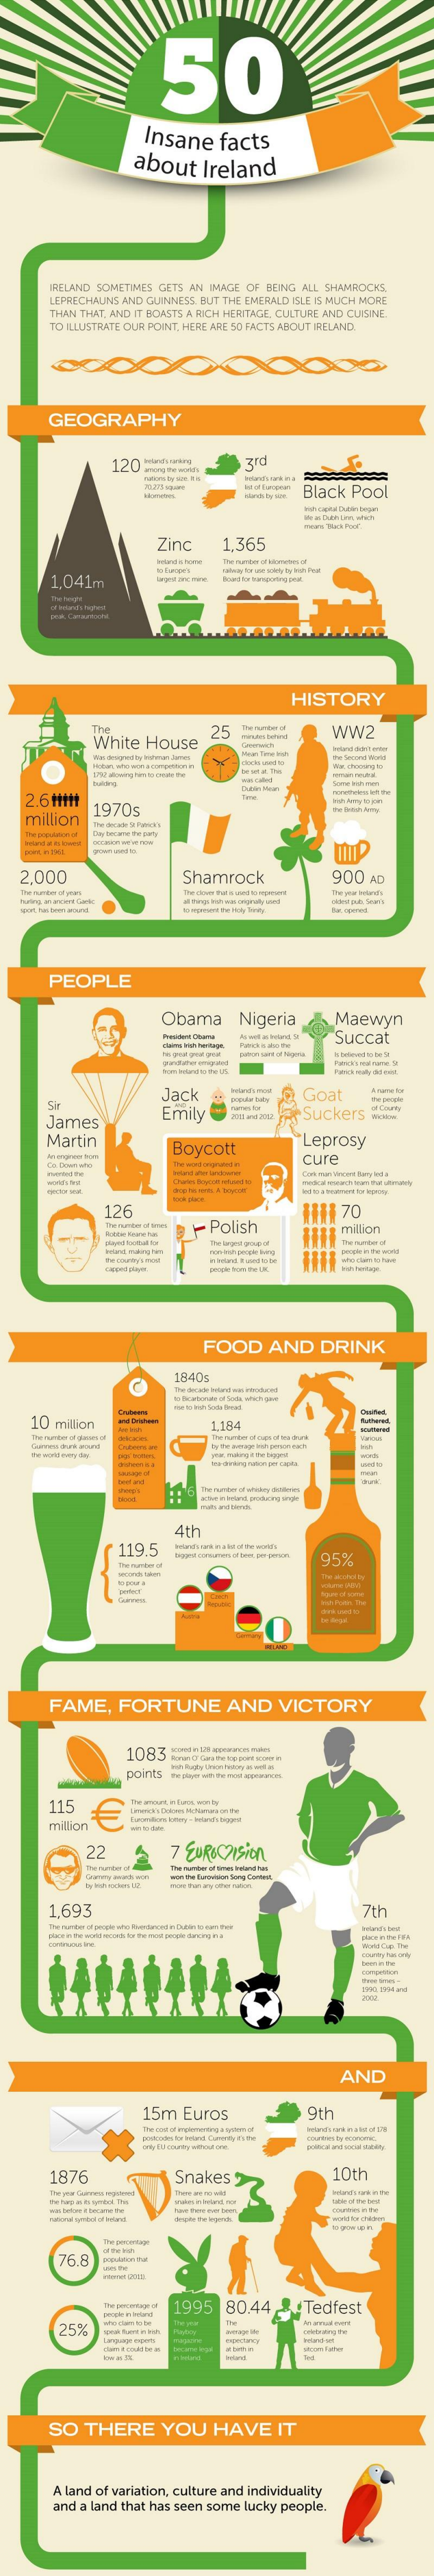
50
     Insane    facts
     about    Ireland
     IRELAND SOMETIMES GETS AN IMAGE OF BEING ALL SHAMROCKS.
     LEPRECHAUNS AND GUINNESS. BUT THE EMERALD ISLE IS MUCH MORE
     THAN THAT, AND IT BOASTS A RICH HERITAGE. CULTURE AND QUIGNE.
     TO ILLUSTRATE OUR POINT, HERE ARE 50 FACTS ABOUT IRELAND.
     GEOGRAPHY
     120
     Black  Pool
     Bra Pahlim oth
     Zinc    1.365
     1.041m
     HISTORY
     White   House
     The    25    WW2
    2.6 Mitt
    million
     19705
     The derate & Rance's
   2,000    Shamrock    900   AD
     PEOPLE
     Obama    Nigeria    Maewyn
     Succat
     Sir
     Jack    Goat
     Chaty
     James
     Emily    Suckers   www
     Martin
     Boycott
     Leprosy
     cure
     Charles Buryist retuvedl
     126
     Polish
     70
     milion
     FOOD    AND    DRINK
     1840s
     10 million    1.184    -
     -
     -
     there's
     4th
     119.5
     Seguehut communes if Deet. per-pomor 95%
     FAME,    FORTUNE    AND    VICTORY
     1083
     115
     million
     22    7 EUROVision
     1,693    7th
     AND
     15m   Euros    9th
     1876    Snakes  >    10th
     The gewermagt
     76.8
     1995    80.44    Tedfest
     25%
     ---
     SO   THERE    YOU    HAVE    IT
     A land of variation, culture and individuality
     and a land that has seen some lucky people.